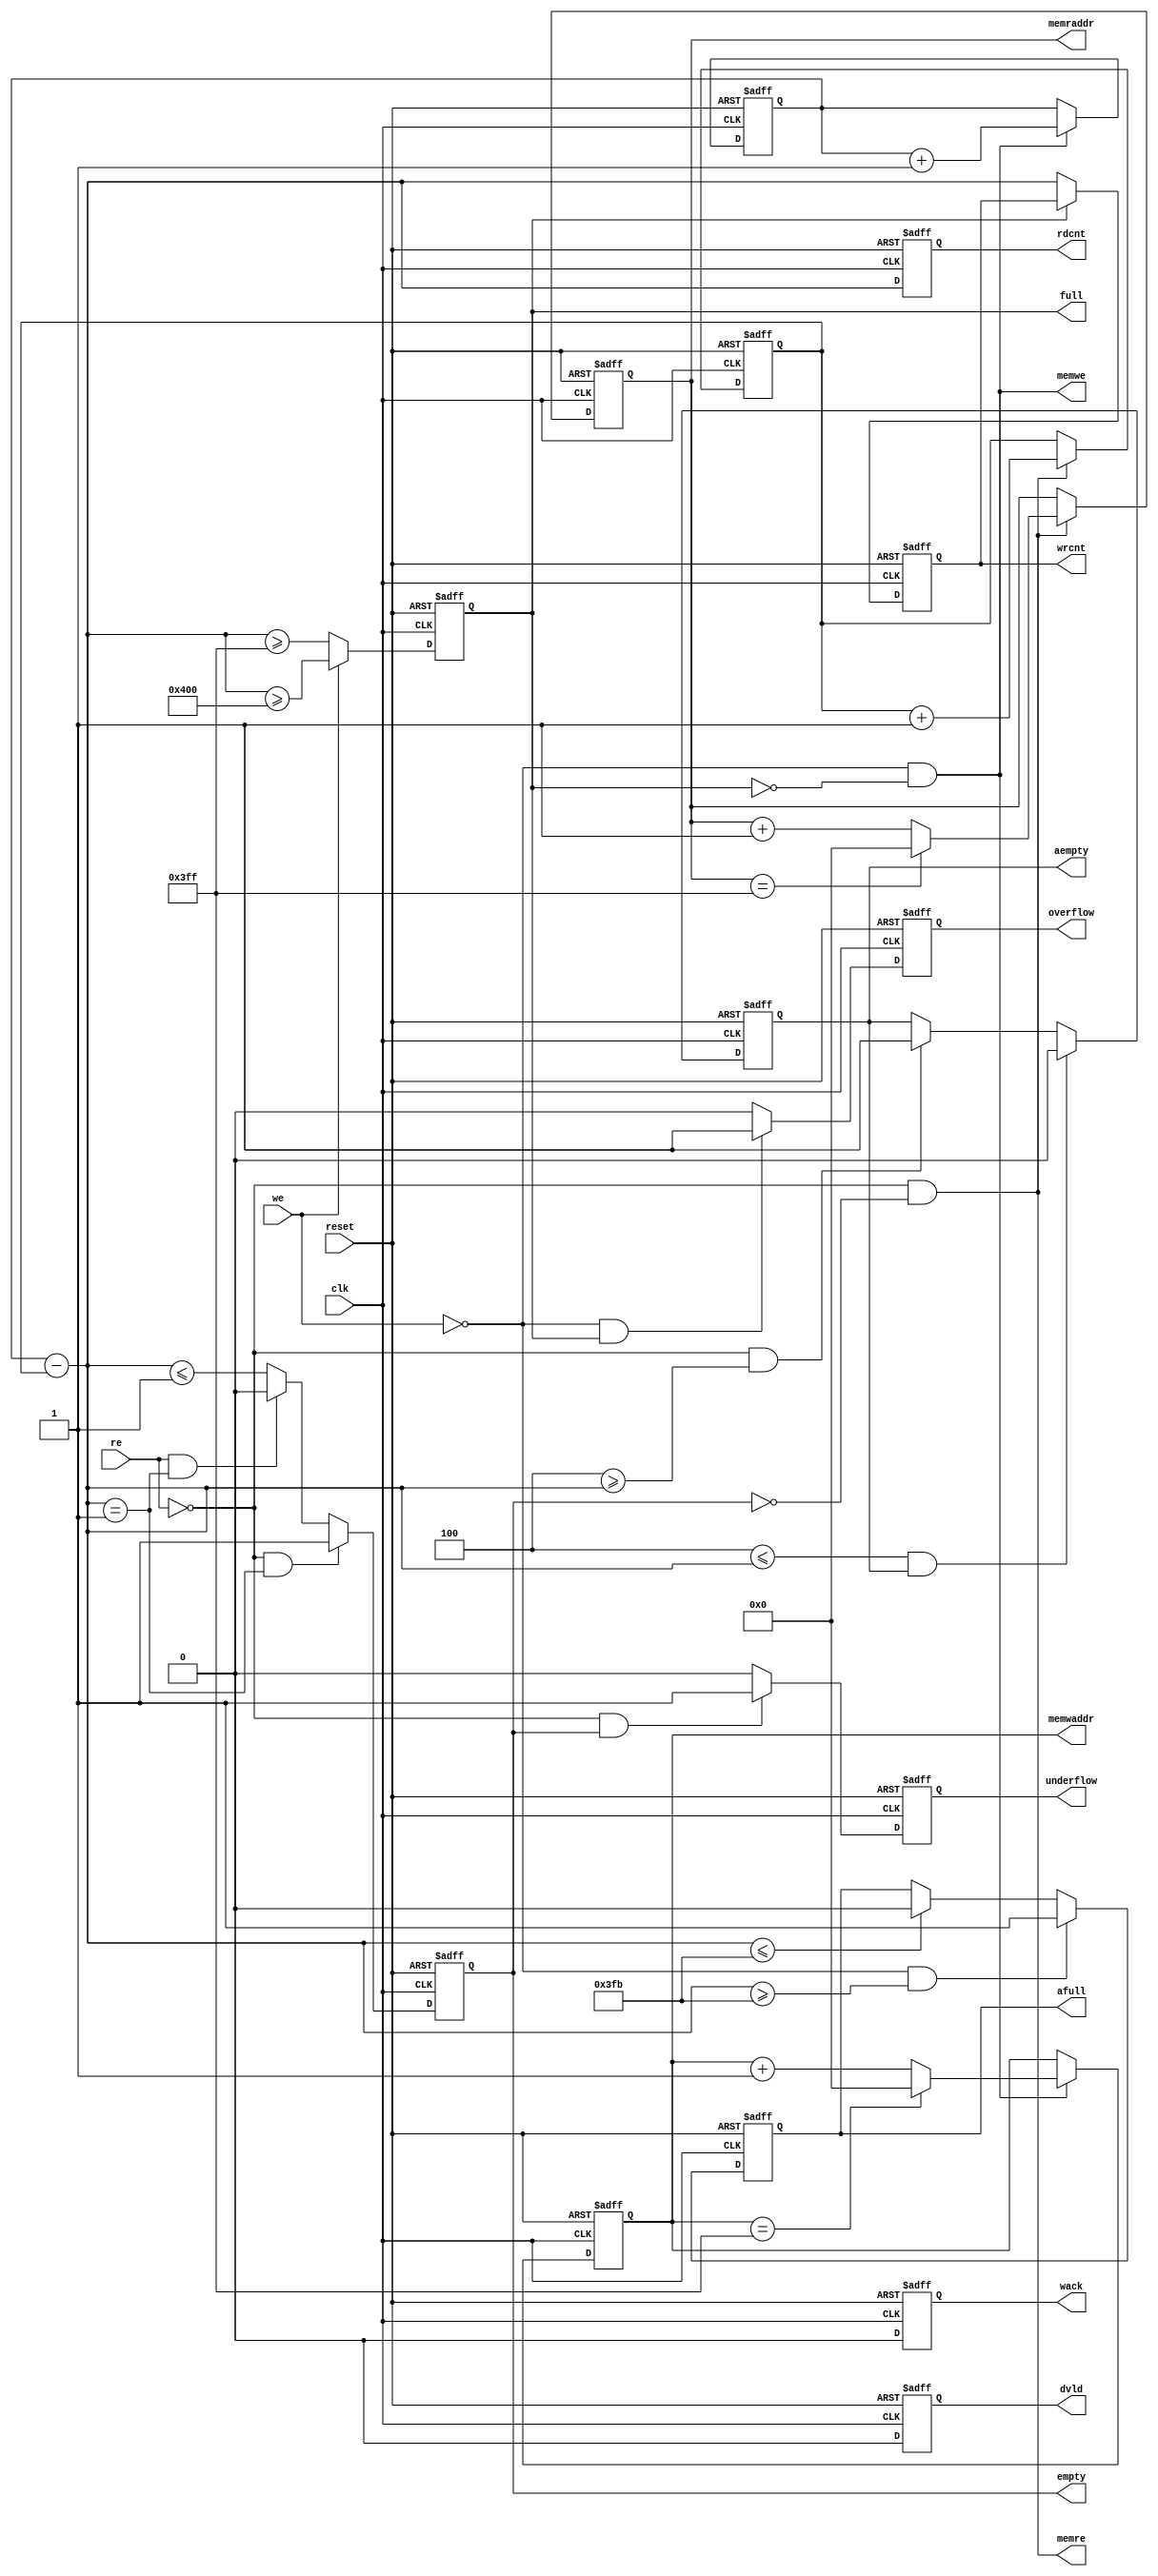
//--=================================================================================================
//-- File Name                           : axi_lbus_corefifo_sync.v

//-- Targeted device                     : Microsemi-SoC
//-- Author                              : India Solutions Team
//--
//-- COPYRIGHT 2019 BY MICROSEMI
//-- THE INFORMATION CONTAINED IN THIS DOCUMENT IS SUBJECT TO LICENSING RESTRICTIONS FROM MICROSEMI
//-- CORP. IF YOU ARE NOT IN POSSESSION OF WRITTEN AUTHORIZATION FROM MICROSEMI FOR USE OF THIS
//-- FILE, THEN THE FILE SHOULD BE IMMEDIATELY DESTROYED AND NO BACK-UP OF THE FILE SHOULD BE MADE.
//--
//--=================================================================================================

`timescale 1ns/100ps

module ddr_rw_arbiter_C0_ddr_rw_arbiter_C0_0_corefifo_sync (
                      clk,
                      reset,
                      we,
                      re,
                      full,
                      afull,
                      wrcnt, 
                      empty,
                      aempty,
                      rdcnt,
                      underflow,
                      overflow,
                      dvld,
                      wack,
                      memwaddr,
                      memwe,
                      memraddr,
                      memre
                      );

   // --------------------------------------------------------------------------
   // PARAMETER Declaration
   // --------------------------------------------------------------------------
   parameter WRITE_WIDTH      = 32;
   parameter WRITE_DEPTH      = 10;
   parameter FULL_WRITE_DEPTH = 1024;
   parameter READ_WIDTH       = 32;
   parameter READ_DEPTH       = 10;
   parameter VAR_ASPECT_WRDEPTH = 10;
   parameter VAR_ASPECT_RDDEPTH = 10;
   parameter FULL_READ_DEPTH  = 1024;
   parameter PREFETCH         = 0;  
   parameter FWFT             = 0; 
   parameter WCLK_HIGH        = 1;
   parameter RESET_LOW        = 1;
   parameter WRITE_LOW        = 1;
   parameter READ_LOW         = 1;
   parameter AF_FLAG_STATIC   = 1;
   parameter AE_FLAG_STATIC   = 1;
   parameter AFULL_VAL        = 1020;
   parameter AEMPTY_VAL       = 4;
   parameter ESTOP            = 1;
   parameter FSTOP            = 1;
   parameter PIPE             = 1;
   parameter REGISTER_RADDR   = 1;
   parameter READ_DVALID      = 32;
   parameter WRITE_ACK        = 32;
   parameter OVERFLOW_EN      = 1; 
   parameter UNDERFLOW_EN     = 1; 
   parameter WRCNT_EN         = 1; 
   parameter RDCNT_EN         = 1; 
   //parameter SYNC_RESET       = 0;
   localparam WDEPTH_CAL      = (WRITE_DEPTH == 0) ? WRITE_DEPTH : (WRITE_DEPTH-1); 
   localparam RDEPTH_CAL      = (READ_DEPTH == 0)  ? READ_DEPTH  : (READ_DEPTH-1); 

   // --------------------------------------------------------------------------
   // I/O Declaration
   // --------------------------------------------------------------------------
   
   //--------
   // Inputs
   //--------
    input                    clk;                  // fifo clock
    input                    reset;                // reset
    input                    we;                   // write enable to fifo
    input                    re;                   // read enable to fifo

   //---------
   // Outputs
   //---------
   output                    full;                 // full status flag
   output                    afull;                // almost full status flag
   output [WRITE_DEPTH:0]    wrcnt;                // number of elements remaining in write domain

   output                    empty;                // empty status flag
   output                    aempty;               // almost empty status flag
   output [READ_DEPTH:0]     rdcnt;                // number of elements remaining in read domain

   output                    underflow;            // underflow status flag
   output                    overflow;             // overflow status flag
   output                    dvld;                 // dvld status flag
   output                    wack;                 // wack status flag

   output [WDEPTH_CAL:0]     memwaddr;             // memory write address
   output                    memwe;                // memory write enable
   output [RDEPTH_CAL:0]     memraddr;             // memory read address
   output                    memre;                // memory read enable

   // --------------------------------------------------------------------------
   // Internal signals
   // --------------------------------------------------------------------------
   wire                     full;
   wire                     afull;
   wire   [WRITE_DEPTH:0]   wrcnt;
   wire                     empty;
   wire                     aempty;
   wire   [READ_DEPTH:0]    rdcnt;
   wire   [WDEPTH_CAL:0]    memwaddr;
   wire                     memwe;
   wire   [RDEPTH_CAL:0]    memraddr;
   wire                     memre;

   reg                      full_r;
   reg                      full_reg;
   reg                      afull_r;
   reg    [WRITE_DEPTH:0]   wrcnt_r;
   reg                      empty_r;
   reg                      aempty_r;
   reg    [READ_DEPTH:0]    rdcnt_r;
   reg    [WDEPTH_CAL:0]    memwaddr_r;
   reg    [RDEPTH_CAL:0]    memraddr_r;
   reg                      dvld_r;
   reg                      dvld_r2;
   reg                      underflow_r;
   reg                      wack_r;
   reg                      overflow_r;
   reg    [READ_DEPTH:0]    rptr;
   reg    [READ_DEPTH:0]    rptr_nxt;
   reg    [WRITE_DEPTH:0]   wptr;
   reg    [WRITE_DEPTH:0]   wptr_nxt;
   reg    [VAR_ASPECT_WRDEPTH:0]   wptrsync_shift; 
   reg    [VAR_ASPECT_RDDEPTH:0]   rptrsync_shift; 
   reg                      re_p_d1;

   wire   [WRITE_DEPTH:0]   afthreshi, wdiff_bus;
   wire   [READ_DEPTH:0]    aethreshi, rdiff_bus;
   wire                     fulli;
   wire                     almostfulli;
   wire                     almostfulli_assert;
   wire                     emptyi;
   wire                     almostemptyi;
   wire                     almostemptyi_assert;
   wire                     we_p;
   wire                     re_p;
   wire                     we_i;
   wire                     re_i;
   wire                     pos_clk;
   wire                     neg_reset;
   wire                     fulli_fstop;   
   wire                     emptyi_estop; 
   wire                     aresetn;
   //wire                     sresetn;

   // --------------------------------------------------------------------------
   // ||||||||||||||||||||||||||||||||||||||||||||||||||||||||||||||||||||||||||
   // ||                                                                      ||
   // ||                     Start - of - Code                                ||
   // ||                                                                      ||
   // ||||||||||||||||||||||||||||||||||||||||||||||||||||||||||||||||||||||||||
   // --------------------------------------------------------------------------

   // --------------------------------------------------------------------------
   // Top-level outputs
   // --------------------------------------------------------------------------
    assign full      = full_r;
    assign afull     = afull_r;
    assign empty     = empty_r;
    assign aempty    = aempty_r;
    assign underflow = underflow_r;
    assign wack      = wack_r;
    assign overflow  = overflow_r;
    assign memwaddr  = memwaddr_r;
    assign memraddr  = memraddr_r;
    
    assign wrcnt     = wrcnt_r;
    assign rdcnt     = rdcnt_r;

   // --------------------------------------------------------------------------
   // threshold values
   // --------------------------------------------------------------------------
    assign afthreshi =  AF_FLAG_STATIC ? AFULL_VAL-1  : FULL_WRITE_DEPTH;  
    //***HARI***assign aethreshi =  AE_FLAG_STATIC ? AEMPTY_VAL+1 : 0;  
    assign aethreshi =  AE_FLAG_STATIC ? AEMPTY_VAL : 2;  

   // --------------------------------------------------------------------------
   // clocks and enables
   // --------------------------------------------------------------------------
    assign pos_clk   = WCLK_HIGH ? clk    : ~clk;

   // --------------------------------------------------------------------------
   // resets
   // --------------------------------------------------------------------------
   // assign neg_reset = RESET_LOW ? ~reset : reset;----------------------commented by anurag
	  assign aresetn = RESET_LOW ? ~reset : reset;//----------------------updated by anurag
   // assign aresetn   = (SYNC_RESET == 1) ? 1'b1  : neg_reset;-----------commented by anurag
   // assign sresetn   = (SYNC_RESET == 1) ? neg_reset : 1'b1;------------commented by anurag

   // --------------------------------------------------------------------------
   // Status flags
   // --------------------------------------------------------------------------
    assign we_p  = WRITE_LOW ? (~we) : (we);
    assign re_p  = READ_LOW  ? (~re) : (re);
    assign we_i  = we_p & !full_r;
    assign re_i  = re_p & !empty_r;
    assign wdiff_bus = wptr_nxt - rptrsync_shift;
    assign rdiff_bus = wptrsync_shift - rptr_nxt;
    assign dvld      = (REGISTER_RADDR==2) ? dvld_r2 : 
	               ((REGISTER_RADDR == 1 && PREFETCH == 0) ? dvld_r : re_i);

    always @(posedge pos_clk or negedge aresetn)
    begin
        if (!aresetn ) begin
            full_reg <= 0;
        end
        else begin
            full_reg <= full_r;
        end
    end

   // --------------------------------------------------------------------------
   // Read pointer binary counter
   // --------------------------------------------------------------------------
    always @(posedge pos_clk or negedge aresetn)
    begin
        if (!aresetn ) begin
            rptr <= 0;
        end
        else begin
            rptr <=  rptr_nxt;
        end
    end

   // --------------------------------------------------------------------------
   // Write pointer binary counter
   // --------------------------------------------------------------------------
    always @(posedge pos_clk or negedge aresetn)
    begin
        if (!aresetn ) begin
            wptr <= 0;
        end
        else begin
            wptr <= wptr_nxt;
        end
    end

    always @(posedge pos_clk or negedge aresetn)
    begin
      if(!aresetn ) begin
        re_p_d1 <= 'h0;
      end
      else begin
        re_p_d1 <= re_p;
      end
    end 

   // --------------------------------------------------------------------------
   // For variable aspect ratios
   // The variable aspect logic is handled by shifting the required bits of the
   // read/write pointer so that they are of the same width.  
   // --------------------------------------------------------------------------    
    always @(rptr_nxt or wptr_nxt)
    begin
       if (WRITE_DEPTH > READ_DEPTH) begin
            rptrsync_shift = rptr_nxt<<(WRITE_DEPTH - READ_DEPTH);
            wptrsync_shift = wptr_nxt>>(WRITE_DEPTH - READ_DEPTH);
       end
       else if (READ_DEPTH > WRITE_DEPTH) begin
            rptrsync_shift = rptr_nxt>>(READ_DEPTH - WRITE_DEPTH);
            wptrsync_shift = wptr_nxt<<(READ_DEPTH - WRITE_DEPTH);
       end
       else begin
            rptrsync_shift = rptr_nxt;
            wptrsync_shift = wptr_nxt;
       end
    end

   // --------------------------------------------------------------------------
   // Flag generation logic
   // --------------------------------------------------------------------------
   //***HARI***assign almostfulli  =  wdiff_bus >= afthreshi;
   assign almostfulli_assert    =  we_p & (wdiff_bus >= afthreshi);
   assign almostfulli_deassert  =  (wdiff_bus <= afthreshi);
   assign almostfulli           =  almostfulli_assert    ? 1'b1 : (almostfulli_deassert? 1'b0 : afull );
   
   //***HARI***assign almostemptyi =  aethreshi >= rdiff_bus;
   assign almostemptyi_assert   =  re_p & (aethreshi >= rdiff_bus);
   assign almostemptyi_deassert =  (aethreshi <= rdiff_bus) & aempty;  
   assign almostemptyi          =  almostemptyi_deassert ? 1'b0 : (almostemptyi_assert ? 1'b1 : aempty);

   assign fulli  = we_p ? (wdiff_bus >= (FULL_WRITE_DEPTH-1)) : (wdiff_bus >= (FULL_WRITE_DEPTH));      
   assign fulli_fstop  = (we_p & !full_r) ? (wdiff_bus[WRITE_DEPTH - 1:0]  == (FULL_WRITE_DEPTH-1)) :(((we_p ^ re_p) & full_r)? 1'b0 : full_r);      

   assign emptyi = (rdiff_bus <= 1);   
   assign emptyi_estop = re_p ? (rdiff_bus == 1) : (rdiff_bus <= 0); 

    always @(posedge pos_clk or negedge aresetn)
    begin
       if (!aresetn ) begin
           dvld_r2 <= 0;
       end
       else begin
           dvld_r2 <= dvld_r;
       end
    end

    // --------------------------------------------------------------------------    
    // Update the pointer values based in ESTOP and FSTOP parameters.
    // Generate the status flags - Empty/Full/Almost Empty/ Almost Full
    // Generate the data handshaking flags - DVLD/WACK
    // Generate error count flags - Underflow/Overflow
    // Generate write and read address signals to the external memory
    // --------------------------------------------------------------------------    
    genvar k;
    generate

           if (ESTOP == 1 && FSTOP == 1) begin
                /* ESTOP and FSTOP both are true */
                /* write pointer */
		
   	      always @(posedge pos_clk or negedge aresetn)
              begin
                  if (!aresetn ) begin
                     wptr_nxt <= 0;
                  end
                  else if(we_i == 1'b1) begin
                     wptr_nxt <=  wptr_nxt + 1;
                  end
              end

                /* read pointer */
   	      always @(posedge pos_clk or negedge aresetn)
              begin
                  if (!aresetn) begin
                     rptr_nxt <= 0;
                  end
                  else if(re_i == 1'b1) begin
                     rptr_nxt <=  rptr_nxt + 1;
                  end
              end
	
                always @(posedge pos_clk or negedge aresetn)
                begin
                    if (!aresetn) begin
                        empty_r     <= 1;
                        aempty_r    <= 1;
                        dvld_r      <= 0;
                        underflow_r <= 0;
                        rdcnt_r     <= 0;
                    end
                    else begin
                    if((re_p & (rdiff_bus == 1))) begin  
                         empty_r   <= 1'b1;          
                    end
                    else if((!re_p & (rdiff_bus == 1))) begin
                         empty_r   <= 1'b0;          
                    end
                    else begin
                         empty_r   <= emptyi;          
                    end 

                        aempty_r <= almostemptyi;
			if(RDCNT_EN == 1) begin
                          rdcnt_r  <= rdiff_bus;
		        end

                        if (re_i == 1'b1 && READ_DVALID == 1)
                           dvld_r <= 1'b1;
                        else
                           dvld_r <= 1'b0;

                        if (re_p == 1'b1 && empty_r == 1'b1 && UNDERFLOW_EN == 1)
                           underflow_r <= 1'b1;
                        else
                           underflow_r <= 1'b0;
                    end
                end

                always @(posedge pos_clk or negedge aresetn)
                begin
                    if (!aresetn ) begin
                        full_r     <= 0;
                        afull_r    <= 0;
                        wack_r     <= 0;
                        overflow_r <= 0;
                        wrcnt_r    <= 0;
                    end
                    else begin
                        full_r   <= FSTOP ? fulli : fulli_fstop; 
                        afull_r    <= almostfulli;

			if (full_r == 1'b0 && WRCNT_EN == 1) begin
                           wrcnt_r <= wdiff_bus;
			end

                        if (we_i == 1'b1 && WRITE_ACK == 1)
                           wack_r <= 1'b1;
                        else
                           wack_r <= 1'b0;

                        if (we_p == 1'b1 && full_r == 1'b1 && OVERFLOW_EN == 1)
                           overflow_r <= 1'b1;
                        else
                           overflow_r <= 1'b0;
                        end
                end

                always @(posedge pos_clk or negedge aresetn )
                begin
                    if ( !aresetn ) begin
                        memwaddr_r     <= 0;
                    end
                    else begin
        	        if (we_i == 1'b1) begin
                           if(memwaddr_r == (FULL_WRITE_DEPTH-1)) begin    //SAR#68070
                              memwaddr_r <= 'h0;
       	        	   end else begin
                              memwaddr_r <= memwaddr_r + 1;
                           end
                        end
                    end
                end

                always @(posedge pos_clk or negedge aresetn)
                begin
                    if ( !aresetn ) begin
                        memraddr_r     <= 0;
                    end
                    else begin
      		         if (re_i == 1'b1) begin
                           if(memraddr_r == (FULL_READ_DEPTH-1)) begin    //SAR#68070
                             memraddr_r <= 'h0;
       	        	   end else begin
                             memraddr_r <= memraddr_r + 1;
			   end
			 end
                    end
                end

    	      assign memwe = we_i;
              assign memre = re_i;   


            end
            else if (ESTOP == 1 && FSTOP == 0) begin
                /* ESTOP is true and FSTOP is false */

                /* write pointer */
   	      always @(posedge pos_clk or negedge aresetn)
              begin
                  if (!aresetn) begin
                     wptr_nxt <= 0;
                  end
                  else if(we_p == 1'b1) begin
                     wptr_nxt <=  wptr_nxt + 1;
                  end
              end

                /* read pointer */
   	      always @(posedge pos_clk or negedge aresetn)
              begin
                  if (!aresetn ) begin
                     rptr_nxt <= 0;
                  end
                  else if(re_i == 1'b1) begin
                     rptr_nxt <=  rptr_nxt + 1;
                  end
              end

                always @(posedge pos_clk or negedge aresetn)
                begin
                    if (!aresetn) begin
                        empty_r     <= 1;
                        aempty_r    <= 1;
                        dvld_r      <= 0;
                        underflow_r <= 0;
                        rdcnt_r     <= 0;
                    end
                    else begin
                    if((re_p & (rdiff_bus == 1))) begin  
                         empty_r   <= 1'b1;          
                    end
                    else if((!re_p & (rdiff_bus == 1))) begin
                         empty_r   <= 1'b0;          
                    end
                    else begin
                         empty_r   <= emptyi;          
                    end  

                        aempty_r <= almostemptyi;
			if(RDCNT_EN == 1) begin
                          rdcnt_r  <= rdiff_bus;
		        end

                        if (re_i == 1'b1 && READ_DVALID == 1'b1)
                           dvld_r <= 1'b1;
                        else
                           dvld_r <= 1'b0;

                        if (re_p == 1'b1 && empty_r == 1'b1 && UNDERFLOW_EN == 1)
                           underflow_r <= 1'b1;
                        else
                           underflow_r <= 1'b0;
                    end
                end

                always @(posedge pos_clk or negedge aresetn)
                begin
                    if (!aresetn) begin
                        full_r <= 0;
                        afull_r <= 0;
                        wack_r <= 0;
                        overflow_r <= 0;
                        wrcnt_r <= 0;
                    end
                    else begin
                        full_r   <= fulli_fstop;  
                        afull_r <= almostfulli;
			if(WRCNT_EN == 1) begin
                          wrcnt_r <= wdiff_bus;
		        end

                        if (we_p == 1'b1 && WRITE_ACK == 1'b1)
                           wack_r <= 1'b1;
                        else
                           wack_r <= 1'b0;

                        if (we_p == 1'b1 && full_r == 1'b1 && OVERFLOW_EN == 1)
                           overflow_r <= 1'b1;
                        else
                           overflow_r <= 1'b0;
                    end
                end

                always @(posedge pos_clk or negedge aresetn )
                begin
                    if (!aresetn) begin
                        memwaddr_r   <= 0;
                    end
                    else begin
			if (we_p == 1'b1) begin
                           if(memwaddr_r == (FULL_WRITE_DEPTH-1)) begin    //SAR#68070
                              memwaddr_r <= 'h0;
			      end else begin
                              memwaddr_r <= memwaddr_r + 1;
                           end
                        end
                    end
                end

                always @(posedge pos_clk or negedge aresetn)
                begin
                    if (!aresetn) begin
                       memraddr_r    <= 0;
                    end
                    else begin
			if (re_i == 1'b1) begin
                           if(memraddr_r == (FULL_READ_DEPTH-1)) begin    //SAR#68070
                             memraddr_r <= 'h0;
       	        	   end else begin
                             memraddr_r <= memraddr_r + 1;
                           end
                        end
                    end
                end

    	      assign memwe = we_p;
              assign memre = re_i;    
		
            end
            else if (ESTOP == 0 && FSTOP == 1) begin
                /* FSTOP is true and ESTOP is false */

                /* write pointer */

   	      always @(posedge pos_clk or negedge aresetn)
              begin
                  if (!aresetn) begin
                     wptr_nxt <= 0;
                  end
                  else if(we_i == 1'b1) begin
                     wptr_nxt <=  wptr_nxt + 1;
                  end
              end
	    
                /* read pointer */
   	      always @(posedge pos_clk or negedge aresetn)
              begin
                  if (!aresetn) begin
                     rptr_nxt <= 0;
                  end
                  else if(re_p == 1'b1) begin
                     rptr_nxt <=  rptr_nxt + 1;
                  end
              end

                always @(posedge pos_clk or negedge aresetn)
                begin
                    if (!aresetn) begin
                        empty_r <= 1;
                        aempty_r <= 1;
                        dvld_r <= 0;
                        underflow_r <= 0;
                        rdcnt_r <= 0;
                    end
                    else begin
                        empty_r <= emptyi;
                        aempty_r <= almostemptyi;
			if(RDCNT_EN == 1) begin
                          rdcnt_r  <= rdiff_bus;
		        end

                        if (re_p == 1'b1 && READ_DVALID == 1'b1)
                           dvld_r <= 1'b1;
                        else
                           dvld_r <= 1'b0;

                        if ( re_p == 1'b1 && empty_r == 1'b1 && UNDERFLOW_EN == 1)
                           underflow_r <= 1'b1;
                        else
                           underflow_r <= 1'b0;
                    end
                end

                always @(posedge pos_clk or negedge aresetn)
                begin
                    if (!aresetn) begin
                        full_r <= 0;
                        afull_r <= 0;
                        wack_r <= 0;
                        overflow_r <= 0;
                        wrcnt_r <= 0;
                    end
                    else begin
                        full_r <= fulli;
                        afull_r <= almostfulli;

			if (full_r == 1'b0 && WRCNT_EN == 1) begin
                           wrcnt_r <= wdiff_bus;
			end

                        if (we_i ==1'b1 && WRITE_ACK == 1'b1)
                           wack_r <= 1'b1;
                        else
                           wack_r <= 1'b0;

                        if (we_p == 1'b1 && full_r == 1'b1 && OVERFLOW_EN == 1)
                           overflow_r <= 1'b1;
                        else
                           overflow_r <= 1'b0;
                    end
                end

                always @(posedge pos_clk or negedge aresetn )
                begin
                    if ( !aresetn ) begin
                        memwaddr_r <= 0;
                    end
                    else begin
			if ( we_i == 1'b1) begin
                           if(memwaddr_r == (FULL_WRITE_DEPTH-1)) begin    //SAR#68070
                              memwaddr_r <= 'h0;
       	        	   end else begin
                              memwaddr_r <= memwaddr_r + 1;
                           end
                        end
                    end
                end

                always @(posedge pos_clk or negedge aresetn)
                begin
                    if ( !aresetn ) begin
                        memraddr_r <= 0;
                    end
                    else begin
		        if ( re_p == 1'b1) begin
                           if(memraddr_r == (FULL_READ_DEPTH-1)) begin    //SAR#68070
                              memraddr_r <= 'h0;
       	        	   end else begin
                              memraddr_r <= memraddr_r + 1;
                           end
                        end
                    end
                end

    	      assign memwe = we_i;
	      assign memre = re_p;    
	
            end
            else if (ESTOP == 0 && FSTOP == 0) begin
                /* ESTOP and FSTOP are false */

                /* write pointer */
   	      always @(posedge pos_clk or negedge aresetn)
              begin
                  if (!aresetn) begin
                     wptr_nxt <= 0;
                  end
                  else if(we_p == 1'b1) begin
                     wptr_nxt <=  wptr_nxt + 1;
                  end
              end
   
               /* read pointer */
   	      always @(posedge pos_clk or negedge aresetn)
              begin
                  if (!aresetn) begin
                     rptr_nxt <= 0;
                  end
                  else if(re_p == 1'b1) begin
                     rptr_nxt <=  rptr_nxt + 1;
                  end
              end

                always @(posedge pos_clk or negedge aresetn)
                begin
                    if (!aresetn) begin
                        empty_r <= 1;
                        aempty_r <= 1;
                        dvld_r <= 0;
                        underflow_r <= 0;
                        rdcnt_r <= 0;
                    end
                    else begin
                        empty_r <= emptyi_estop; 
                        aempty_r <= almostemptyi;
			if(RDCNT_EN == 1) begin
                          rdcnt_r  <= rdiff_bus;
		        end

                        if (re_p == 1'b1 && READ_DVALID == 1'b1)
                           dvld_r <= 1'b1;
                        else
                           dvld_r <= 1'b0;

                        if ( re_p ==1'b1 && empty_r == 1'b1 && UNDERFLOW_EN == 1)
                           underflow_r <= 1'b1;
                        else
                           underflow_r <= 1'b0;
                    end
                end

                always @(posedge pos_clk or negedge aresetn)
                begin
                    if (!aresetn) begin
                        full_r <= 0;
                        afull_r <= 0;
                        wack_r <= 0;
                        overflow_r <= 0;
                        wrcnt_r <= 0;
                    end
                    else begin
                        full_r <= fulli_fstop; 
                        afull_r <= almostfulli;
			if(WRCNT_EN == 1) begin
                          wrcnt_r <= wdiff_bus;
		        end

                        if (we_p == 1'b1 && WRITE_ACK == 1'b1)
                           wack_r <= 1'b1;
                        else
                           wack_r <= 1'b0;

                        if ( we_p == 1'b1 && full_r == 1'b1 && OVERFLOW_EN == 1)
                           overflow_r <= 1'b1;
                        else
                           overflow_r <= 1'b0;
                    end
                end

                always @(posedge pos_clk or negedge aresetn )
                begin
                    if ( !aresetn ) begin
                        memwaddr_r <= 0;
                    end
                    else begin
			if ( we_p == 1'b1) begin
                           if(memwaddr_r == (FULL_WRITE_DEPTH-1)) begin    //SAR#68070
                              memwaddr_r <= 'h0;
       	        	   end else begin
                              memwaddr_r <= memwaddr_r + 1;
                           end
                        end
                    end
                end

                always @(posedge pos_clk or negedge aresetn)
                begin
                    if ( !aresetn ) begin
                        memraddr_r <= 0;
                    end
                    else begin
			if ( re_p == 1'b1) begin
                           if(memraddr_r == (FULL_READ_DEPTH-1)) begin    //SAR#68070
                              memraddr_r <= 'h0;
       	        	   end else begin
                              memraddr_r <= memraddr_r + 1;
                           end
                        end
                    end
                end

    	      assign memwe = we_p;
	      assign memre = re_p;     
		
            end
    endgenerate

endmodule // corefifo_sync

   // --------------------------------------------------------------------------
   //                             End - of - Code
   // --------------------------------------------------------------------------